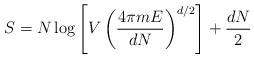
LaTeX: \begin{align*}S=N\log \left[V\left(\frac{4\pi m E}{d N}\right)^{d/2}\right]+\frac{d N}{2}\end{align*}